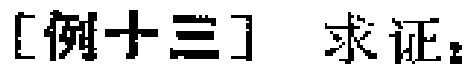
[例十三] 求证：